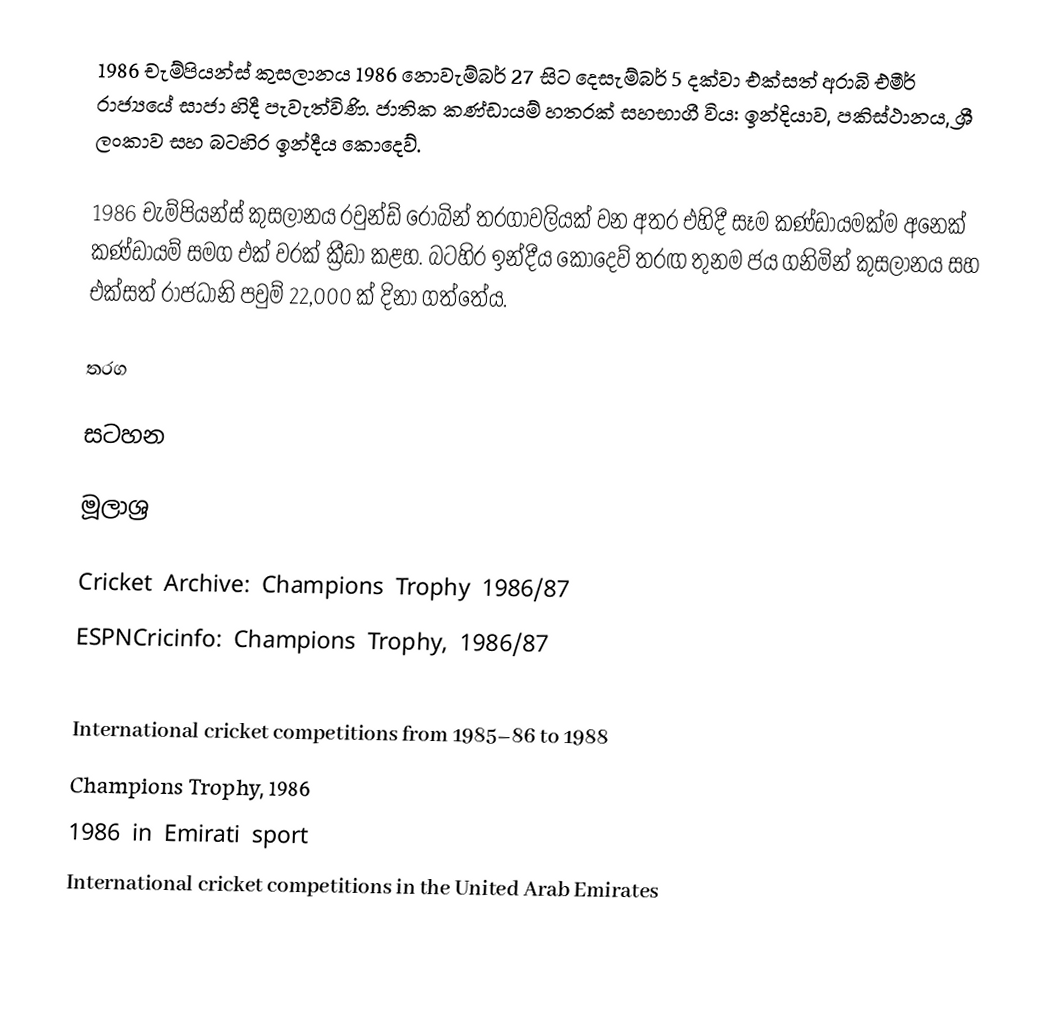
1986 චැම්පියන්ස් කුසලානය 1986 නොවැම්බර් 27 සිට දෙසැම්බර් 5 දක්වා එක්සත් අරාබි එමීර් රාජ්‍යයේ සාජා හිදී පැවැත්විණි. ජාතික කණ්ඩායම් හතරක් සහභාගී විය: ඉන්දියාව, පකිස්ථානය, ශ්‍රී ලංකාව සහ බටහිර ඉන්දීය කොදෙව්.

1986 චැම්පියන්ස් කුසලානය රවුන්ඩ් රොබින් තරගාවලියක් වන අතර එහිදී සෑම කණ්ඩායමක්ම අනෙක් කණ්ඩායම් සමග එක් වරක් ක්‍රීඩා කළහ. බටහිර ඉන්දීය කොදෙව් තරඟ තුනම ජය ගනිමින් කුසලානය සහ එක්සත් රාජධානි පවුම් 22,000 ක් දිනා ගත්තේය.

තරග

සටහන

මූලාශ්‍ර

 Cricket Archive: Champions Trophy 1986/87
 ESPNCricinfo: Champions Trophy, 1986/87

International cricket competitions from 1985–86 to 1988
Champions Trophy, 1986
1986 in Emirati sport
International cricket competitions in the United Arab Emirates